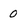
Character: 0